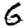
Digit: 6